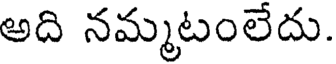
అది నమ్మటంలేదు.